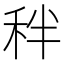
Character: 秚